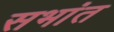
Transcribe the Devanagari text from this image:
सभांत